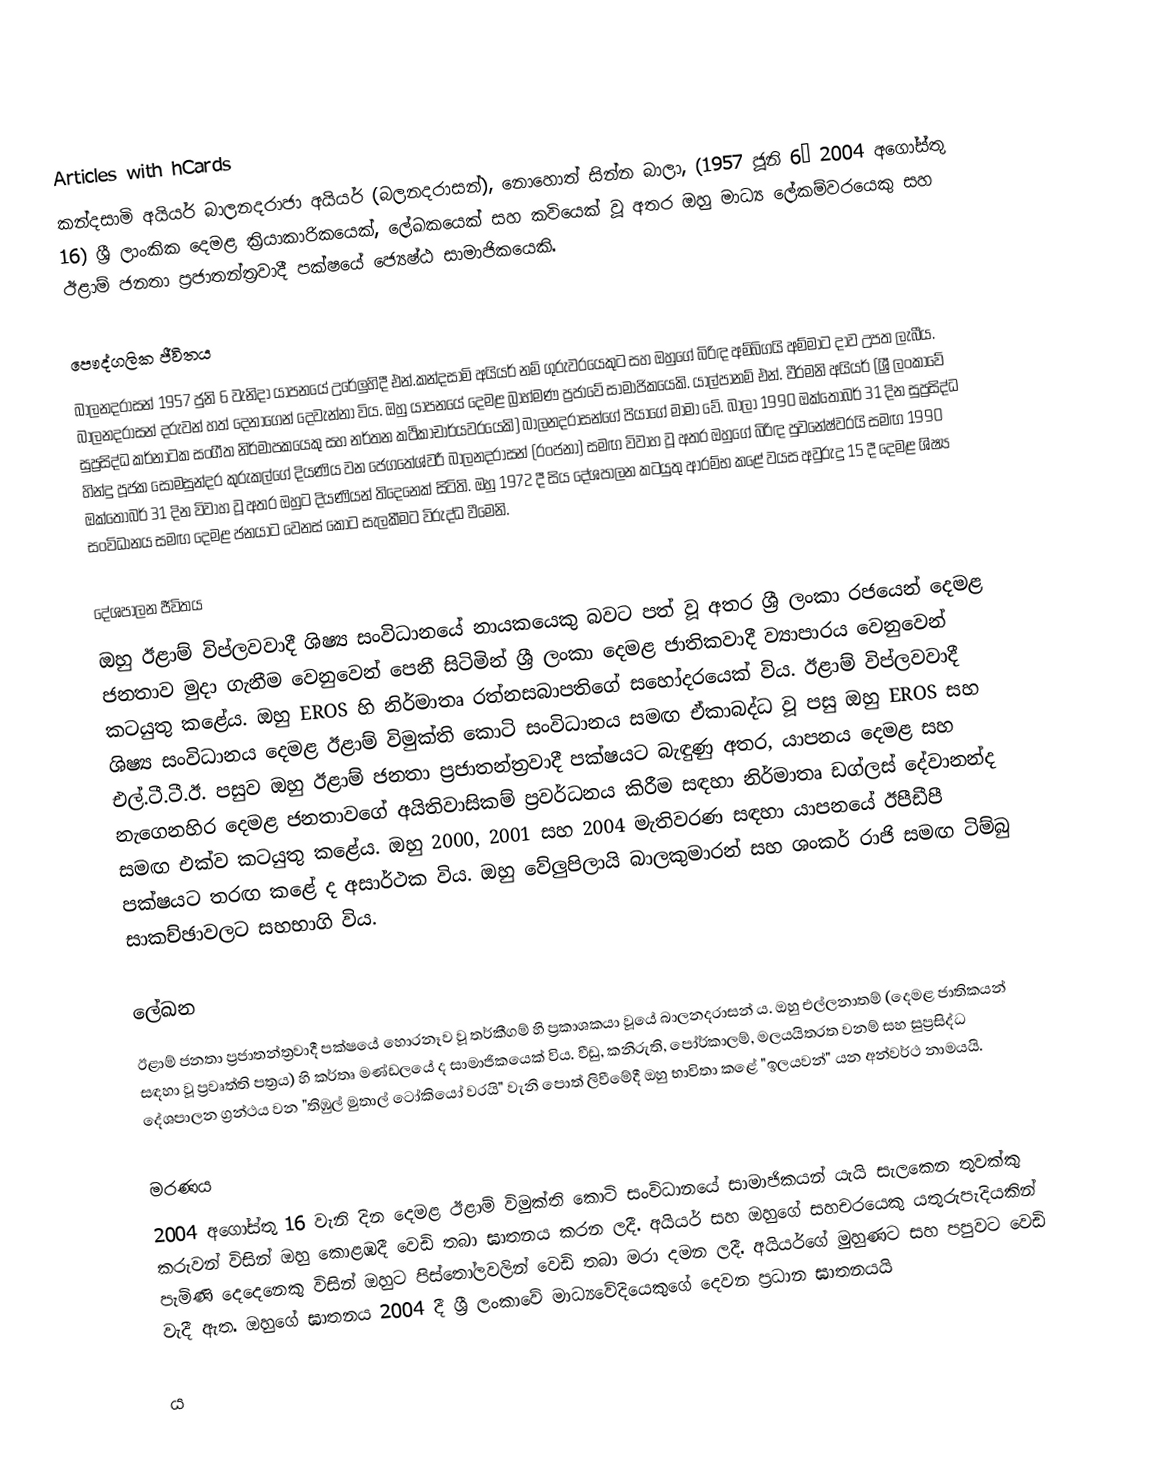
Articles with hCards
කන්දසාමි අයියර් බාලනදරාජා අයියර් (බලනදරාසන්), නොහොත් සින්න බාලා,  (1957 ජූනි 6– 2004 අගෝස්තු 16) ශ්‍රී ලාංකික දෙමළ ක්‍රියාකාරිකයෙක්, ලේඛකයෙක් සහ කවියෙක් වූ අතර ඔහු මාධ්‍ය ලේකම්වරයෙකු සහ ඊළාම් ජනතා ප්‍රජාතන්ත්‍රවාදී පක්ෂයේ ජ්‍යෙෂ්ඨ සාමාජිකයෙකි.

පෞද්ගලික ජීවිතය
බාලනදරාසන් 1957 ජුනි 6 වැනිදා යාපනයේ උරේලුහිදී එන්.කන්දසාමි අයියර් නම් ගුරුවරයෙකුට සහ ඔහුගේ බිරිඳ අම්බිගයි අම්මාට දාව උපත ලැබීය. බාලනදරාසන් දරුවන් හත් දෙනාගෙන් දෙවැන්නා විය. ඔහු යාපනයේ දෙමළ බ්‍රාහ්මණ ප්‍රජාවේ සාමාජිකයෙකි. යාල්පානම් එන්. වීරමනි අයියර් (ශ්‍රී ලංකාවේ සුප්‍රසිද්ධ කර්නාටක සංගීත නිර්මාපකයෙකු සහ නර්තන කථිකාචාර්යවරයෙකි) බාලනදරාසන්ගේ පියාගේ මාමා වේ. බාලා 1990 ඔක්තෝබර් 31 දින සුප්‍රසිද්ධ හින්දු පූජක සෝමසුන්දර කුරුකල්ගේ දියණිය වන ජෙගතේශ්වරී බාලනදරාසන් (රංජනා) සමඟ විවාහ වූ අතර ඔහුගේ බිරිඳ පුවනේෂ්වරයි සමඟ 1990 ඔක්තෝබර් 31 දින විවාහ වූ අතර ඔහුට දියණියන් තිදෙනෙක් සිටිති. ඔහු 1972 දී සිය දේශපාලන කටයුතු ආරම්භ කළේ වයස අවුරුදු 15 දී දෙමළ ශිෂ්‍ය සංවිධානය සමඟ දෙමළ ජනයාට වෙනස් කොට සැලකීමට විරුද්ධ වීමෙනි.

දේශපාලන ජීවිතය
ඔහු ඊළාම් විප්ලවවාදී ශිෂ්‍ය සංවිධානයේ නායකයෙකු බවට පත් වූ අතර ශ්‍රී ලංකා රජයෙන් දෙමළ ජනතාව මුදා ගැනීම වෙනුවෙන් පෙනී සිටිමින් ශ්‍රී ලංකා දෙමළ ජාතිකවාදී ව්‍යාපාරය වෙනුවෙන් කටයුතු කළේය. ඔහු EROS හි නිර්මාතෘ රත්නසබාපතිගේ සහෝදරයෙක් විය. ඊළාම් විප්ලවවාදී ශිෂ්‍ය සංවිධානය දෙමළ ඊළාම් විමුක්ති කොටි සංවිධානය සමඟ ඒකාබද්ධ වූ පසු ඔහු EROS සහ එල්.ටී.ටී.ඊ. පසුව ඔහු ඊළාම් ජනතා ප්‍රජාතන්ත්‍රවාදී පක්ෂයට බැඳුණු අතර, යාපනය දෙමළ සහ නැගෙනහිර දෙමළ ජනතාවගේ අයිතිවාසිකම් ප්‍රවර්ධනය කිරීම සඳහා නිර්මාතෘ ඩග්ලස් දේවානන්ද සමඟ එක්ව කටයුතු කළේය.  ඔහු 2000, 2001 සහ 2004 මැතිවරණ සඳහා යාපනයේ ඊපීඩීපී පක්ෂයට තරඟ කළේ ද අසාර්ථක විය.  ඔහු වේලුපිලායි බාලකුමාරන් සහ ශංකර් රාජි සමඟ ටිම්බු සාකච්ඡාවලට සහභාගි විය.

ලේඛන
ඊළාම් ජනතා ප්‍රජාතන්ත්‍රවාදී පක්ෂයේ හොරනෑව වූ තර්කීගම් හි ප්‍රකාශකයා වූයේ බාලනදරාසන් ය. ඔහු එල්ලනාතම් (දෙමළ ජාතිකයන් සඳහා වූ ප්‍රවෘත්ති පත්‍රය) හි කර්තෘ මණ්ඩලයේ ද සාමාජිකයෙක් විය. වීඩු, කනිරුති, පෝර්කාලම්, මලයයිතරත වනම් සහ සුප්‍රසිද්ධ දේශපාලන ග්‍රන්ථය වන "තිඹුල් මුතාල් ටෝකියෝ වරයි" වැනි පොත් ලිවීමේදී ඔහු භාවිතා කළේ "ඉලයවන්" යන අන්වර්ථ නාමයයි.

මරණය
2004 අගෝස්තු 16 වැනි දින දෙමළ ඊළාම් විමුක්ති කොටි සංවිධානයේ සාමාජිකයන් යැයි සැලකෙන තුවක්කු කරුවන් විසින් ඔහු කොළඹදී වෙඩි තබා ඝාතනය කරන ලදී.  අයියර් සහ ඔහුගේ සහචරයෙකු යතුරුපැදියකින් පැමිණි දෙදෙනෙකු විසින් ඔහුට පිස්තෝලවලින් වෙඩි තබා මරා දමන ලදී. අයියර්ගේ මුහුණට සහ පපුවට වෙඩි වැදී ඇත.  ඔහුගේ ඝාතනය 2004 දී ශ්‍රී ලංකාවේ මාධ්‍යවේදියෙකුගේ දෙවන ප්‍රධාන ඝාතනයයි

ය